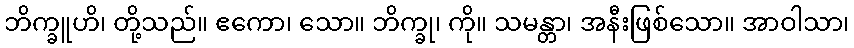
ဘိက္ခူဟိ၊ တို့သည်။ ဧကော၊ သော။ ဘိက္ခု၊ ကို။ သမန္တာ၊ အနီးဖြစ်သော။ အာဝါသာ၊